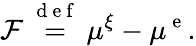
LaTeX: \mathcal{F}\overset{\mathrm{~d~e~f~}}{=}\mu^{\xi}-\mu^{\mathrm{~e~}}.